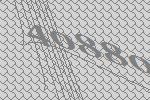
40880